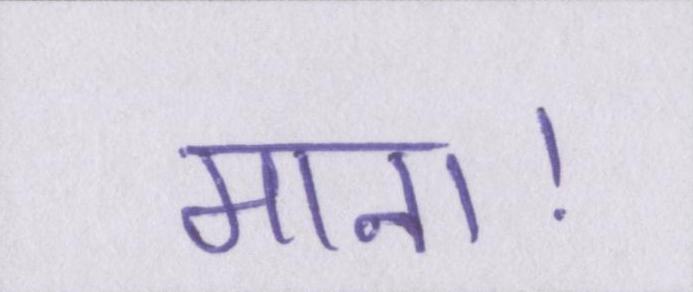
माना।